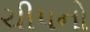
ચીપનો